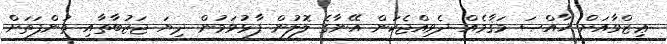
ޢިޒްވާއަށް ޚާއްޞަ މަޤާމެއް ދެވިއްޖެކަން އޭނާގެ ލޮލުން ފާޅުވަމުން ދިޔަ ޖަޒުބާތާއި ތުންފަތަށް